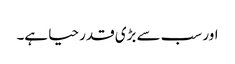
اور سب سے بڑی قدر حیا ہے۔